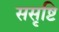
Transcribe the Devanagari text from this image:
ससृष्टि